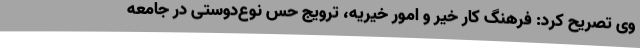
وی تصریح کرد: فرهنگ کار خیر و امور خیریه، ترویج حس نوع‌دوستی در جامعه